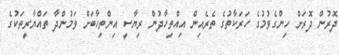
ދޮރުން ދޮރަށް ހިންގެވުމުގެ ހަރަކާތުގެ ތެރެއިން އިއްތިހާދުން ރިޔާސީ އިންތިހާބަށް ވަމުންދާ ތައްޔާރީތަކުގެ